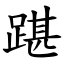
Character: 踸